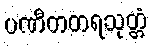
ပဏီတတရသုတ္တံ